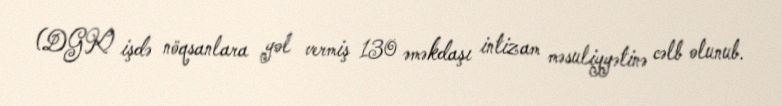
(DGK) işdə nöqsanlara yol vermiş 130 əməkdaşı intizam məsuliyyətinə cəlb olunub.